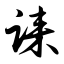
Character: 诔